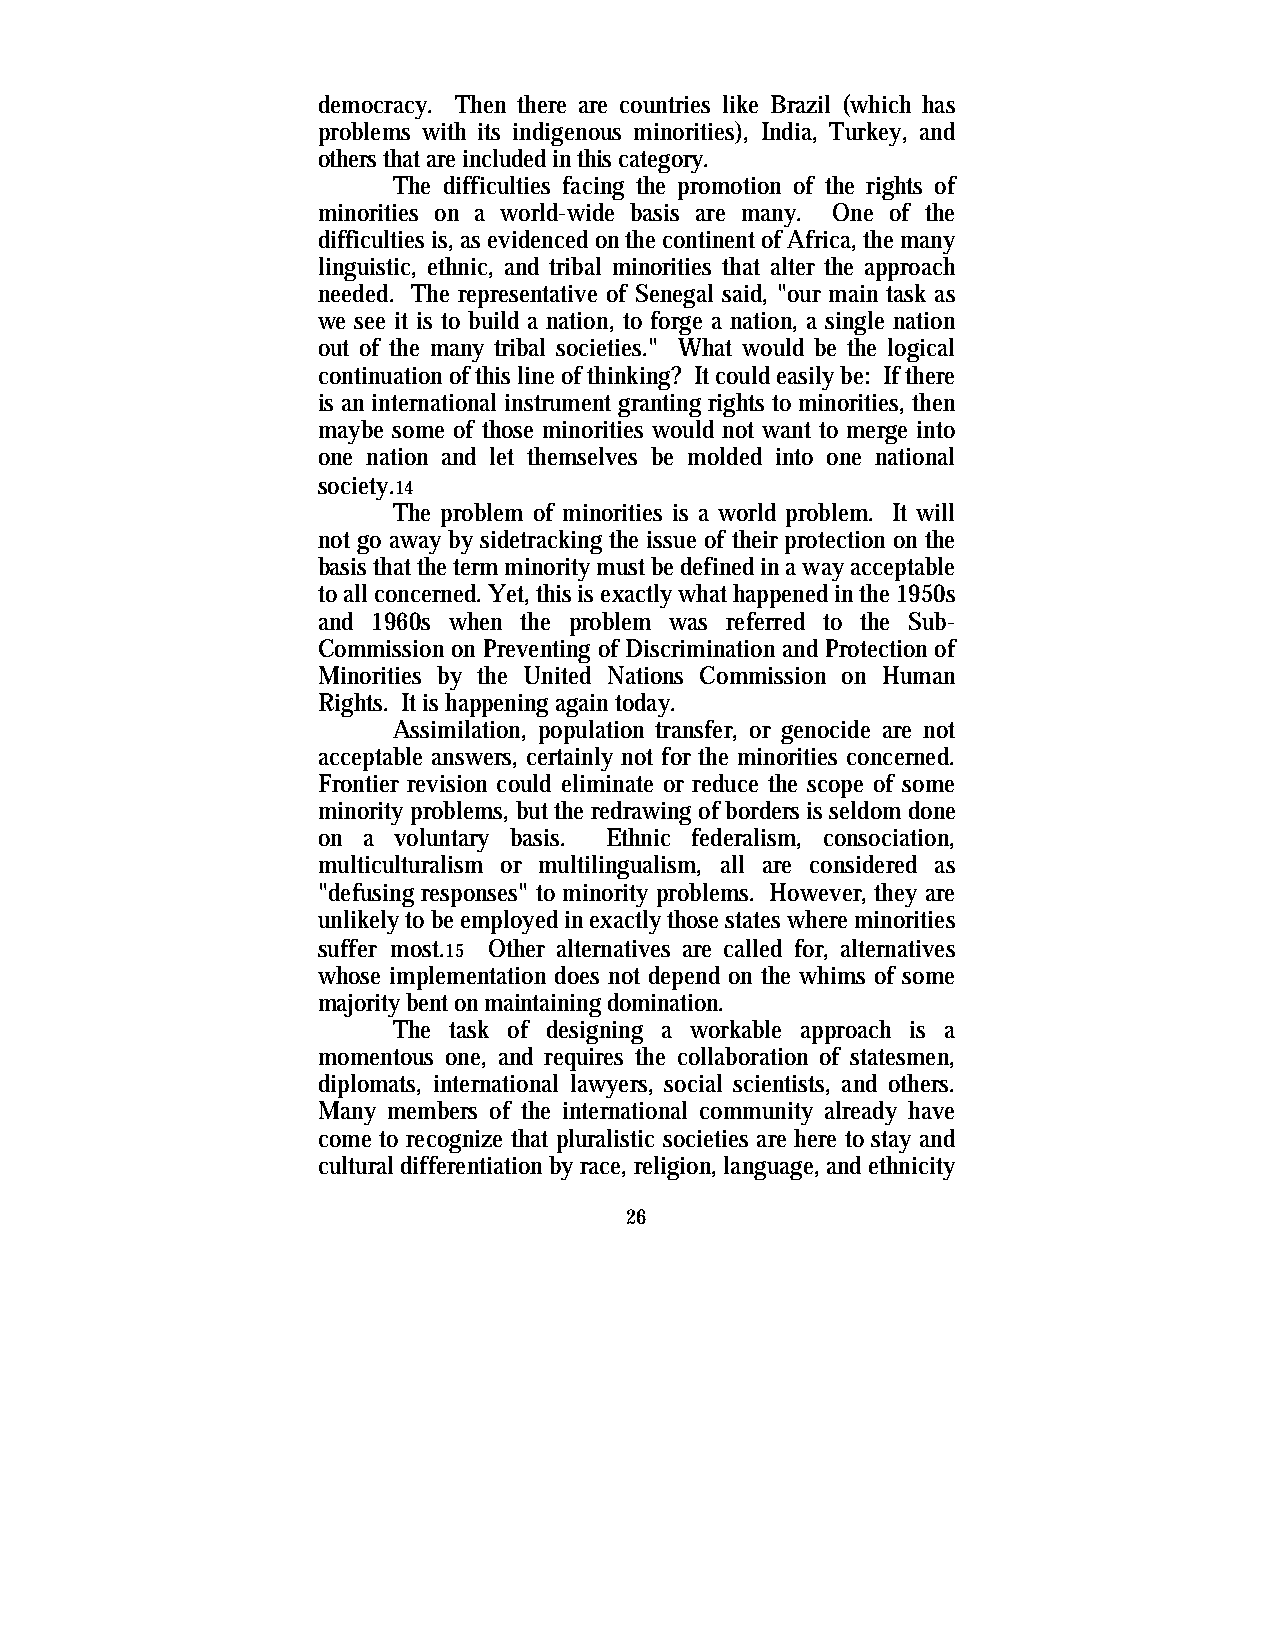
democracy. Then there are countries like Brazil (which has
 problems with its indigenous minorities), India, Turkey, and
 others that are included in this category.
 The difficulties facing the promotion of the rights of
 minorities on a world-wide basis are many. One of the
 difficulties is, as evidenced on the continent of Africa, the many
 linguistic, ethnic, and tribal minorities that alter the approach
 needed. The representative of Senegal said, "our main task as
 we see it is to build a nation, to forge a nation, a single nation
 out of the many tribal societies." What would be the logical
 continuation of this line of thinking? It could easily be: If there
 is an international instrument granting rights to minorities, then
 maybe some of those minorities would not want to merge into
 one nation and let themselves be molded into one national
 society.14
 The problem of minorities is a world problem. It will
 not go away by sidetracking the issue of their protection on the
 basis that the term minority must be defined in a way acceptable
 to all concerned. Yet, this is exactly what happened in the 1950s
 and 1960s when the problem was referred to the Sub-
 Commission on Preventing of Discrimination and Protection of
 Minorities by the United Nations Commission on Human
 Rights. It is happening again today.
 Assimilation, population transfer, or genocide are not
 acceptable answers, certainly not for the minorities concerned.
 Frontier revision could eliminate or reduce the scope of some
 minority problems, but the redrawing of borders is seldom done
 on a voluntary basis. Ethnic federalism, consociation,
 multiculturalism or multilingualism, all are considered as
 "defusing responses" to minority problems. However, they are
 unlikely to be employed in exactly those states where minorities
 suffer most.15 Other alternatives are called for, alternatives
 whose implementation does not depend on the whims of some
 majority bent on maintaining domination.
 The task of designing a workable approach is a
 momentous one, and requires the collaboration of statesmen,
 diplomats, international lawyers, social scientists, and others.
 Many members of the international community already have
 come to recognize that pluralistic societies are here to stay and
 cultural differentiation by race, religion, language, and ethnicity
 26